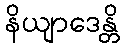
နိယျာဒေန္တိ